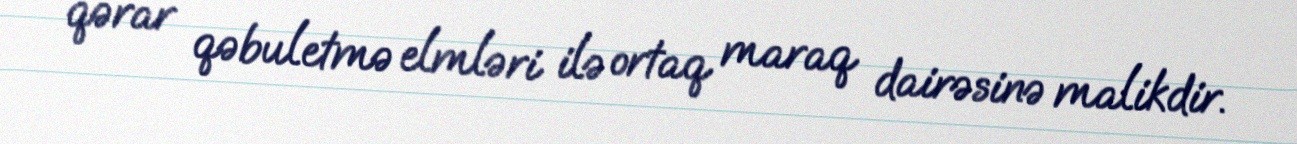
qərar qəbuletmə elmləri ilə ortaq maraq dairəsinə malikdir.